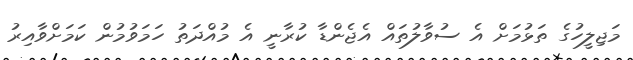
މަޖިލީހުގެ ތަޅުމަށް އެ ސުވާލުތައް އެޖެންޑާ ކުރާނީ އެ މުއްދަތު ހަމަވުމުން ކަމަށްވާއިރު